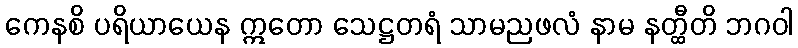
ကေနစိ ပရိယာယေန ဣတော သေဋ္ဌတရံ သာမညဖလံ နာမ နတ္ထီတိ ဘဂဝါ